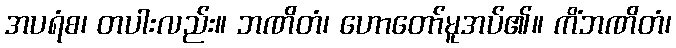
အပရံစ၊ တပါးလည်း။ ဘဏိတံ၊ ဟောတော်မူအပ်၏။ ကိံဘဏိတံ၊